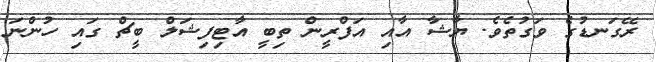
ރޭގަނޑުގެ ވަގުތެވެ. ޔާޝާ އާއި އަފްރީން ތިބީ އާޓިފިޝަލް ބީޗް ގައި ހުންނަ